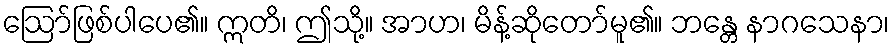
ဩော်ဖြစ်ပါပေ၏။ ဣတိ၊ ဤသို့။ အာဟ၊ မိန့်ဆိုတော်မူ၏။ ဘန္တေ နာဂသေနာ၊